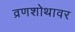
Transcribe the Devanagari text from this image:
व्रणशोथावर